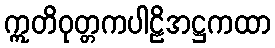
ဣတိဝုတ္တကပါဠိအဋ္ဌကထာ